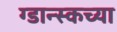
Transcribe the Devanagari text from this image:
ग्डान्स्कच्या